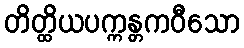
တိတ္ထိယပက္ကန္တကဝီသော